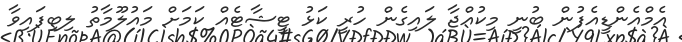
އެމްއެންޑީއެފުން ބުނީ މިކުއްޖާ ލައިގެން ހުރީ ކަޅު ޓީޝާޓެއް ކަމަށް މައުލޫމާތު ލިބިފައިވާ